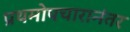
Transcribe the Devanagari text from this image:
प्रथमोपचारानंतर